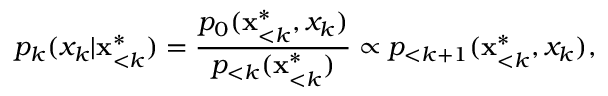
p _ { k } ( x _ { k } | \mathbf { x } _ { < k } ^ { * } ) = \frac { p _ { 0 } ( \mathbf { x } _ { < k } ^ { * } , x _ { k } ) } { p _ { < k } ( \mathbf { x } _ { < k } ^ { * } ) } \propto p _ { < k + 1 } ( \mathbf { x } _ { < k } ^ { * } , x _ { k } ) ,